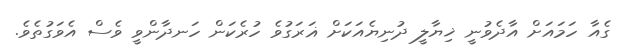
ގެއާ ހަމައަށް އާދެވުނީ ޚިޔާލީ ދުނިޔެއަކަށް ޣަރަގުވެ ހުރެކަން ހަނދާންވީ ވެސް އެވަގުތެވެ.